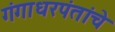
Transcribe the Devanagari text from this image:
गंगाधरपंतांचे